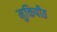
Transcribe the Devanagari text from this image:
मुक्तिपीठ